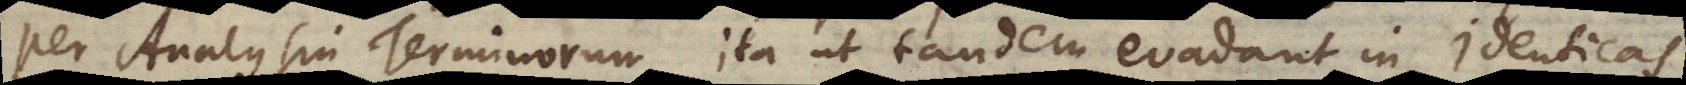
per Analysin Terminorum, ita ut tandem evadant in identicas